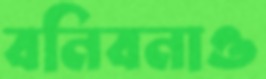
বনিবনাও